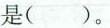
是()。